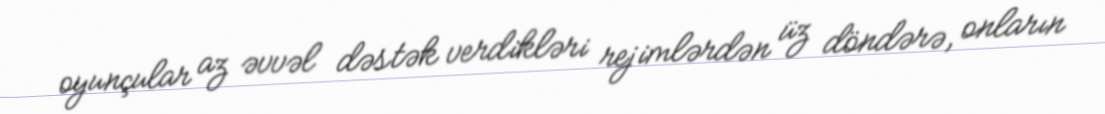
oyunçular az əvvəl dəstək verdikləri rejimlərdən üz döndərə, onların